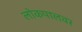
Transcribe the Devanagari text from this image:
लोकपालवर